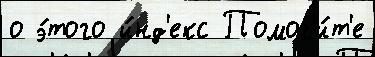
о э́того и́нд'екс Помог'и́т'е